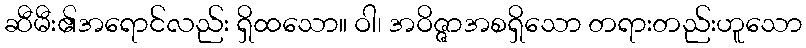
ဆီမီး၏အရောင်လည်း ရှိထသော။ ဝါ၊ အဝိဇ္ဇာအစရှိသော တရားတည်းဟူသော